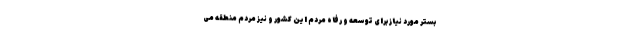
بستر مورد نیاز برای توسعه و رفاه مردم این کشور و نیز مردم منطقه می